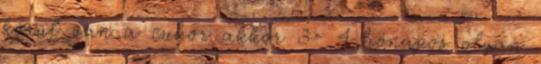
körül van a cukor akkor 3- 4 hónapos olyan